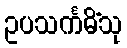
ဥပသင်္ကမိံသု